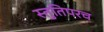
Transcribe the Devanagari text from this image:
स्तुतिपरच